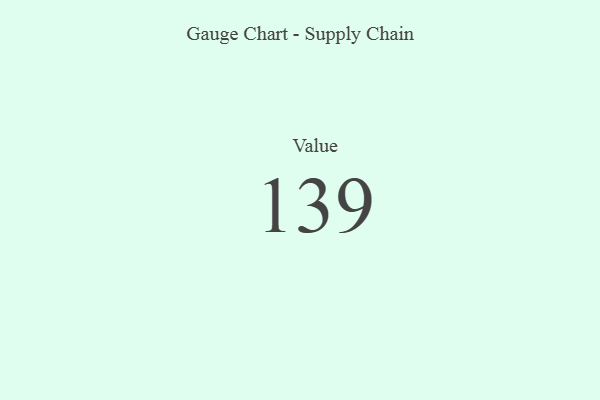
{"axis": {"x": "Metric", "y": "Value"}, "legend": [""], "data": [{"x": "Value", "y": 139, "type": ""}]}